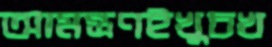
আমন্ত্রণইখুচখ